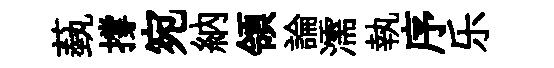
蓺撐宛納領論濡執序乐